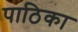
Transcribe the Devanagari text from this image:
पाठिका